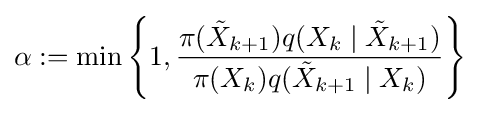
\alpha :=\min \left\{1,{\frac {\pi ({\tilde {X}}_{k+1})q(X_{k}\mid {\tilde {X}}_{k+1})}{\pi ({X}_{k})q({\tilde {X}}_{k+1}\mid X_{k})}}\right\}